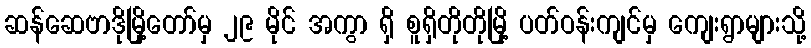
ဆန်ဆေဗာဒိုမြို့တော်မှ ၂၉ မိုင် အကွာ ရှိ စူရှိတိုတိုမြို့ ပတ်ဝန်းကျင်မှ ကျေးရွာများသို့